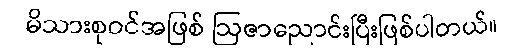
မိသားစုဝင်အဖြစ် ဩဇာညောင်းပြီးဖြစ်ပါတယ်။